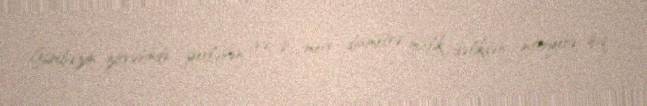
Gümbəzin zirvəsində yerləşən və 8 metr diametrə malik dəlikdən interyerə işıq